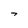
Character: 7